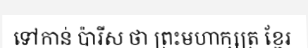
ទៅកាន់ ប៉ារីស ថា ព្រះមហាក្សត្រ ខ្មែរ